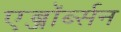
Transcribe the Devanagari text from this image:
एब्जॉर्ब्सन